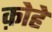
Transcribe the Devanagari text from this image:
क़ोहे